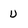
Character: U